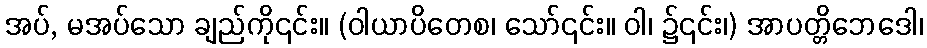
အပ်, မအပ်သော ချည်ကို၎င်း။ (ဝါယာပိတေစ၊ သော်၎င်း။ ဝါ၊ ၌၎င်း၊) အာပတ္တိဘေဒေါ၊